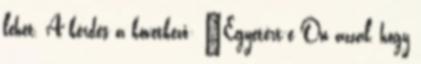
lehet. A kérdés a következő: "Egyetért-e Ön azzal, hogy